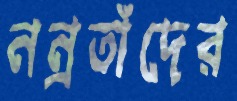
নন্রতাঁদের